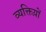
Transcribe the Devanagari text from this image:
व्यक्तिय़ों